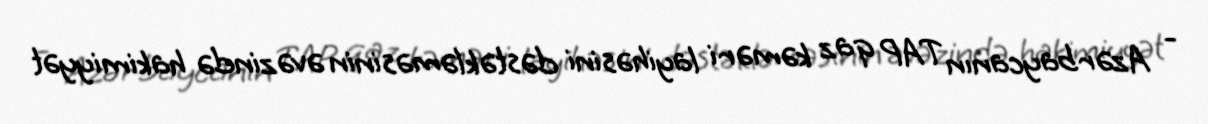
- Azərbaycanın TAP qaz kəməri layihəsini dəstəkləməsinin əvəzində hakimiyyət